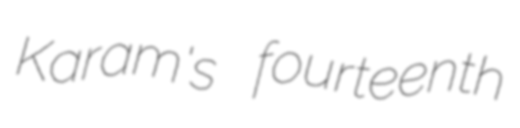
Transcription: Karam's fourteenth